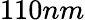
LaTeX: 110nm